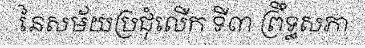
នៃសម័យប្រជុំលើក ទី៣ ព្រឹទ្ធសភា